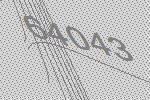
64043